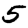
Digit: 5